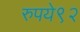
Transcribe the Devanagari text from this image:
रुपये९२